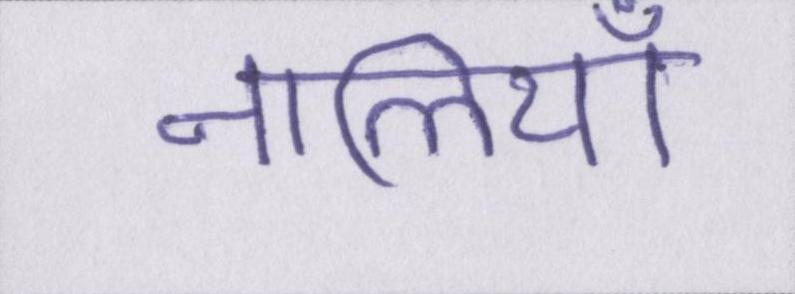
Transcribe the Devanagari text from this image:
नालियाँ